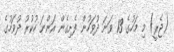
(ޖެރީ) މި މަހުގެ 13 ވަނަ ދުވަހުން ފެށިގެން އަންނަ ހުކުރު ދުވަހުގެ